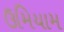
ઉમિયામ